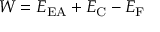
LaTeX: W = E _ { \mathrm { { E A } } } + E _ { \mathrm { { C } } } - E _ { \mathrm { { F } } }